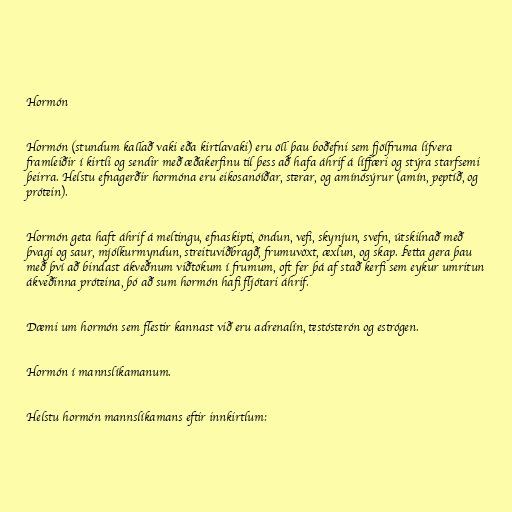
Hormón

Hormón (stundum kallað vaki eða kirtlavaki) eru öll þau boðefni sem fjölfruma lífvera
framleiðir í kirtli og sendir með æðakerfinu til þess að hafa áhrif á líffæri og stýra starfsemi
þeirra. Helstu efnagerðir hormóna eru eikosanóíðar, sterar, og amínósýrur (amín, peptíð, og
prótein).

Hormón geta haft áhrif á meltingu, efnaskipti, öndun, vefi, skynjun, svefn, útskilnað með
þvagi og saur, mjólkurmyndun, streituviðbragð, frumuvöxt, æxlun, og skap. Þetta gera þau
með því að bindast ákveðnum viðtökum í frumum, oft fer þá af stað kerfi sem eykur umritun
ákveðinna próteina, þó að sum hormón hafi fljótari áhrif.

Dæmi um hormón sem flestir kannast við eru adrenalín, testósterón og estrógen.

Hormón í mannslíkamanum.

Helstu hormón mannslíkamans eftir innkirtlum: